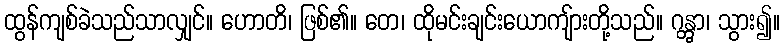
ထွန်ကျစ်ခဲသည်သာလျှင်။ ဟောတိ၊ ဖြစ်၏။ တေ၊ ထိုမင်းချင်းယောကျ်ားတို့သည်။ ဂန္တွာ၊ သွား၍။